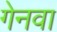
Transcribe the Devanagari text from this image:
गेनवा